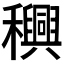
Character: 𮃴